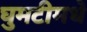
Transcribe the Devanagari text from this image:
घुमटीमधे